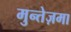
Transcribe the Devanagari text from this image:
मुन्तेज़मा